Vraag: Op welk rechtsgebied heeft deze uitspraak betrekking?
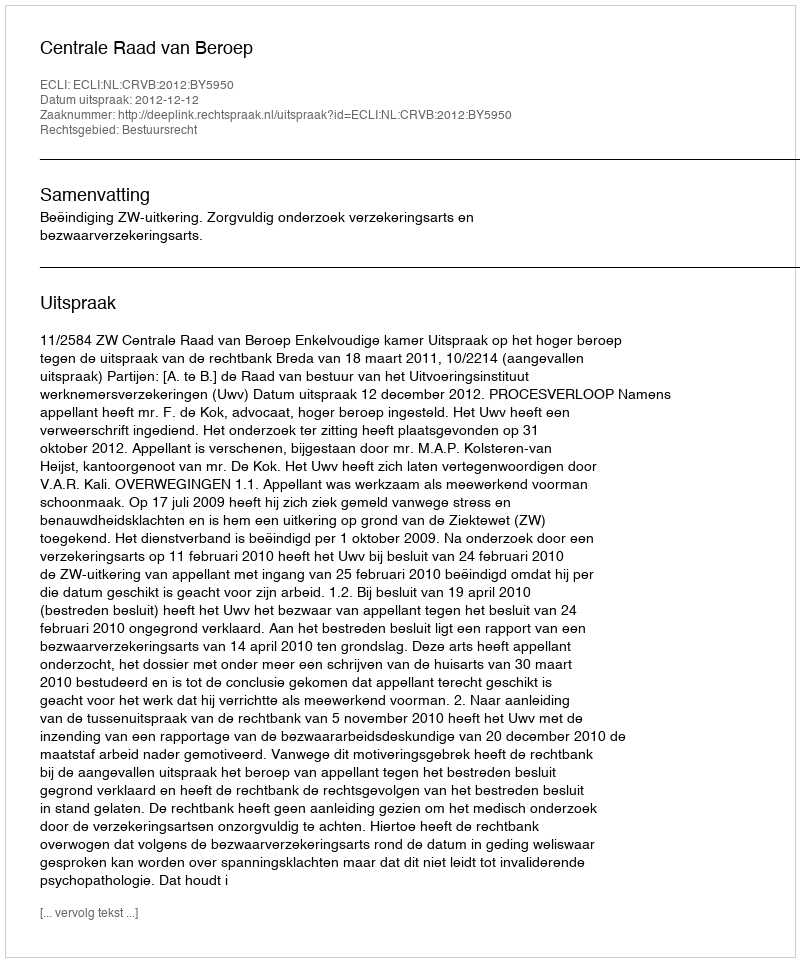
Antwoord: Bestuursrecht